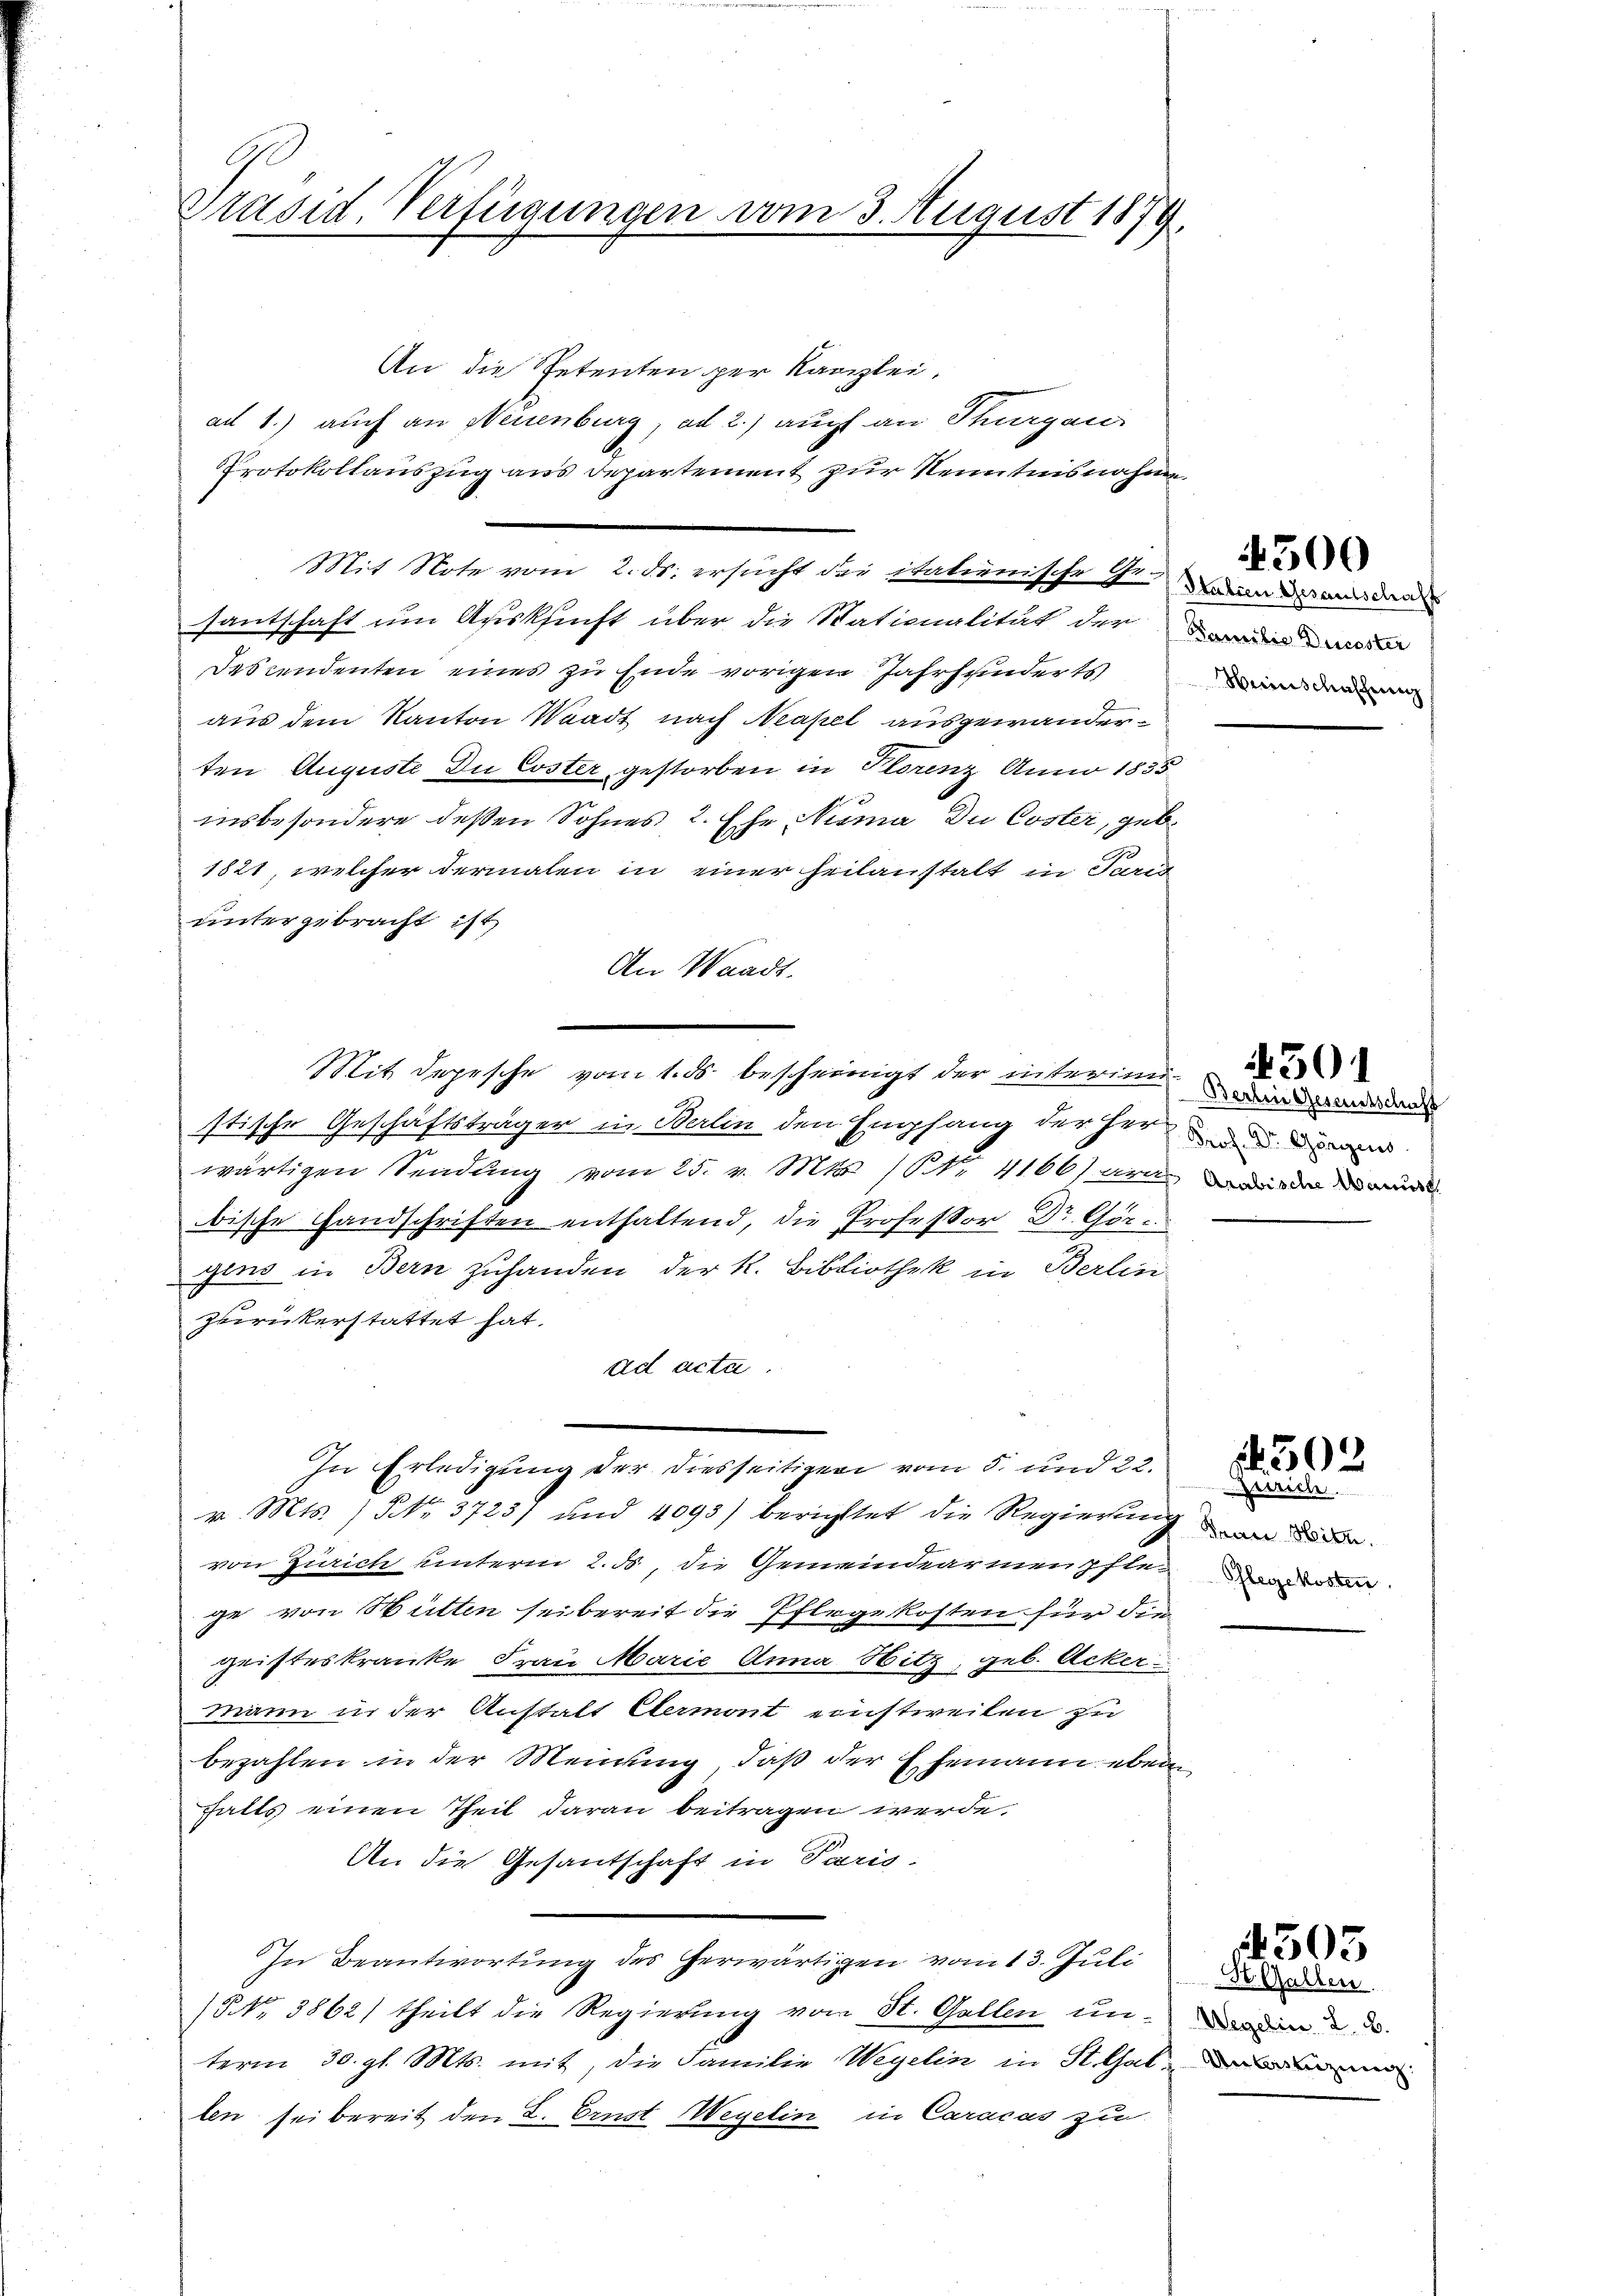
Präsid. Verfügungen vom 3. August 1879.

An die Petenten per Kanzlei,
ad 1.) auch an Neuenburg, ad 2.) auch an Stuargan
Protokollauszug aus Departement zur Kenntnisnahme
Mit Note vom 2. ds. ersucht der itationische Genus an den
santschaft um Auskunft über die Stationalität der wird der
Descendenten eines zu Ende vorigen Jahrhunderts
aus dem Kanton Waadt nach Neapel ausgewanderten Auguste Du Coster gestorben in Florenz Anno 1835
insbesondere deßen Sohnes 2. Ehe Numa Du Coster, geb.
1821, welcher dermalen in einer heilanstalt in Teig
untergebracht ist,
An Waadt.
Mit depesche vom 1. ds. bescheinigt der interminden
stische Geschäftsträger in Berlin den Empfang der Her
wärtigen Sendung vom 25. v. Mts. (Nr. 4166) Art die
bische Handschriften enthaltend, die Professor Dr. Görgens in Bern zuhanden der k. Bibliothek in Berlin-
zurückerstattet hat.
ad actu
In Erledigung der diesseitigen vom 5. und 22.
v. Mts. / NNo. 3723/ und 4093) berichttet die Regierung in
von Zürich unterm 2. ds, die Gemeindearmenste
ge von Hütten sei bereit die Pflegekosten für die
geisteskranke Frau Marie Anna Hitz, geb. Acker
mann in der Anstalt Eermont einstweilen zu
bezahlen in der Meinung, daß der Ehemann eben
halts einen Theil daran beitragen werde.
An die Gesantschaft in Paris-
In Beantwortung des herwärtigen vom 13. Juli
NNo. 3862) theilt die Regierung von St. Gallen un- und in d. d.
term 30. gl. Mts. mit, die Familie Wegelin in St. Galer
len sei bereit den L. Ernst Wegelin in Caracas zu

Heinschaffung

502
Zürich

4500

501

Pflegekosten

St. Gallen.

4505